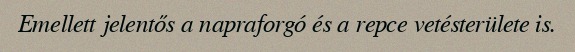
Emellett jelentős a napraforgó és a repce vetésterülete is.